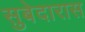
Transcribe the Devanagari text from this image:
सुबेदारास